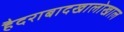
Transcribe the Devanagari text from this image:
हैदराबादखालोखाल